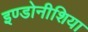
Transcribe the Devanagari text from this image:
इण्डोनीशिया